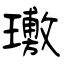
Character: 璷